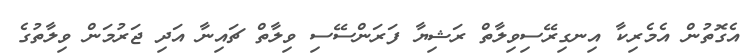
އެގޮތުން އެމެރިކާ އިނގިރޭސިވިލާތް ރަޝިޔާ ފަރަންސޭސި ވިލާތް ޗައިނާ އަދި ޖަރުމަން ވިލާތުގެ